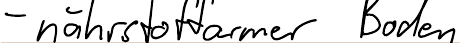
- nährstoffarmer Boden